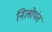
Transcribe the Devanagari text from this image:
निलोपंत